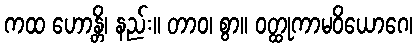
ကထ ဟောန္တိ၊ နည်း။ တာဝ၊ စွာ။ ဝတ္ထုကာမဝိယောဂေ၊